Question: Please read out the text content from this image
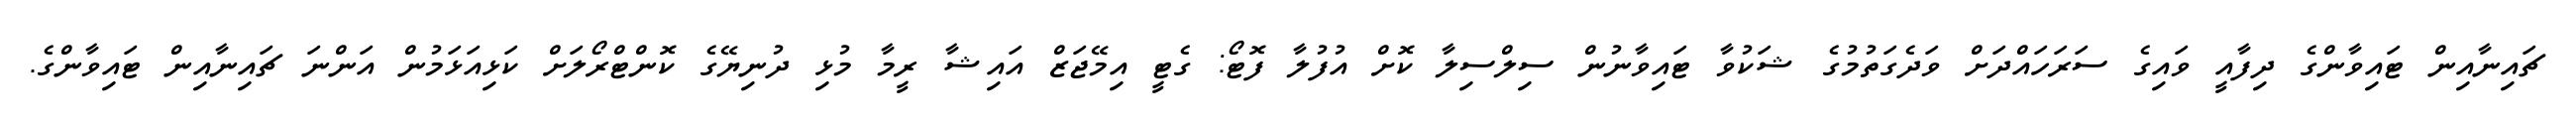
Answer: ޗައިނާއިން ޓައިވާންގެ ދިފާއީ ވައިގެ ސަރަހައްދަށް ވަދެގަތުމުގެ ޝަކުވާ ޓައިވާނުން ސިލްސިލާ ކޮށް އުފުލާ ފޮޓޯ: ގެޓީ އިމޭޖަޒް އައިޝާ ރީމާ މުޅި ދުނިޔޭގެ ކޮންޓްރޯލަށް ކަޅިއަޅަމުން އަންނަ ޗައިނާއިން ޓައިވާންގެ.